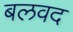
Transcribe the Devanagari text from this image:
बलवद